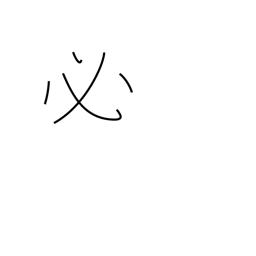
Meaning: certain